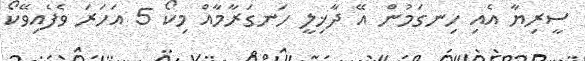
ސީރިޔާ އެއި ހިނގަމުން އޭ ދާޚިލީ ހަނގަރާމާއް މިކޯ 5 އަހަރަ ވެފެއިވޭކޯ